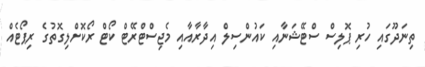
ތިނަދޫގައި ހުރި ޕޮލިސް ސްޓޭޝަނާއި ކައުންސިލް އިދާރާއާއި މެޖިސްޓްރޭޓް ކޯޓް ރޯކޮށްލިގޮތުގެ ރިޕޯޓެއް